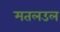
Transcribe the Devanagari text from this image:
मतलउल